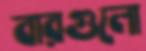
বারগুলো